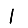
Digit: 1